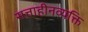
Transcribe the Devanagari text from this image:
सत्ताहीनव्यक्ति